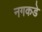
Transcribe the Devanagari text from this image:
नगकडे